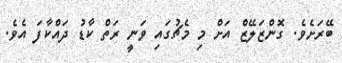
ބޭރަށެވެ. ގޮންޒަލޭޒް އަށް މި މެޗުގައި ވަނީ ރަތް ކާޑު ދައްކާފަ އެވެ.